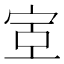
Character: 𫳇